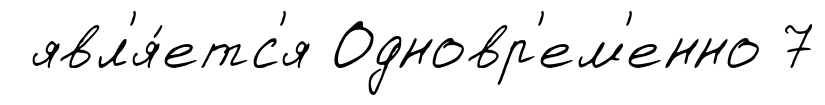
явл'я́етс'я Одновр'ем'енно 7